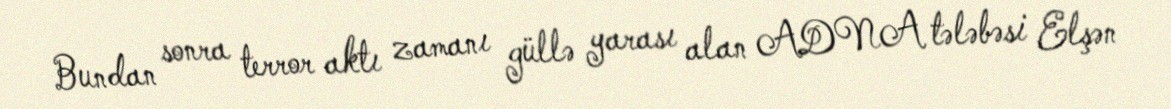
Bundan sonra terror aktı zamanı güllə yarası alan ADNA tələbəsi Elşən